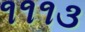
૧૧૧૩